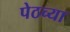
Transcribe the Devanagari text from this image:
पेठच्या